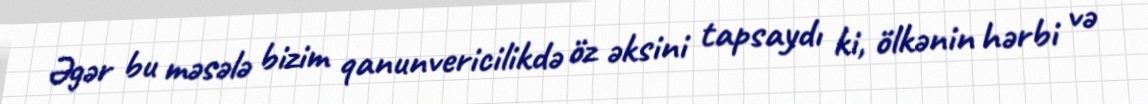
Əgər bu məsələ bizim qanunvericilikdə öz əksini tapsaydı ki, ölkənin hərbi və